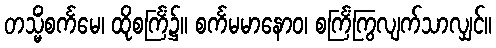
တသ္မိံစင်္ကမေ၊ ထိုစင်္ကြံ၌။ စင်္ကမမာနောဝ၊ စင်္ကြံကြွလျက်သာလျှင်။